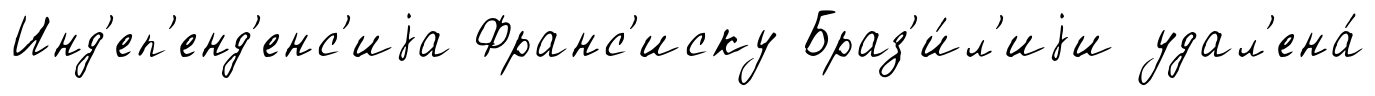
Инд'еп'енд'енс'иjа Франс'иску Браз'и́л'иjи удал'ена́